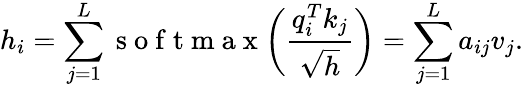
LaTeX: h_{i}=\sum_{j=1}^{L}\mathrm{~s~o~f~t~m~a~x~}\bigg(\frac{q_{i}^{T}k_{j}}{\sqrt{h}}\bigg)=\sum_{j=1}^{L}a_{ij}v_{j}.